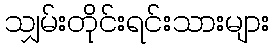
သျှမ်းတိုင်းရင်းသားများ